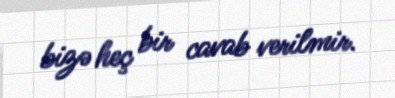
bizə heç bir cavab verilmir.